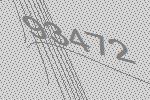
93472